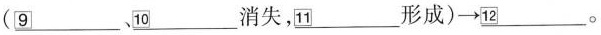
(\underline{\square{9}}、\underline{\square{10}}消失，\underline{\square{11}}形成)\rightarrow \underline{\square{12}}。